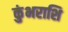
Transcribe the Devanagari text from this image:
कुंभराशि